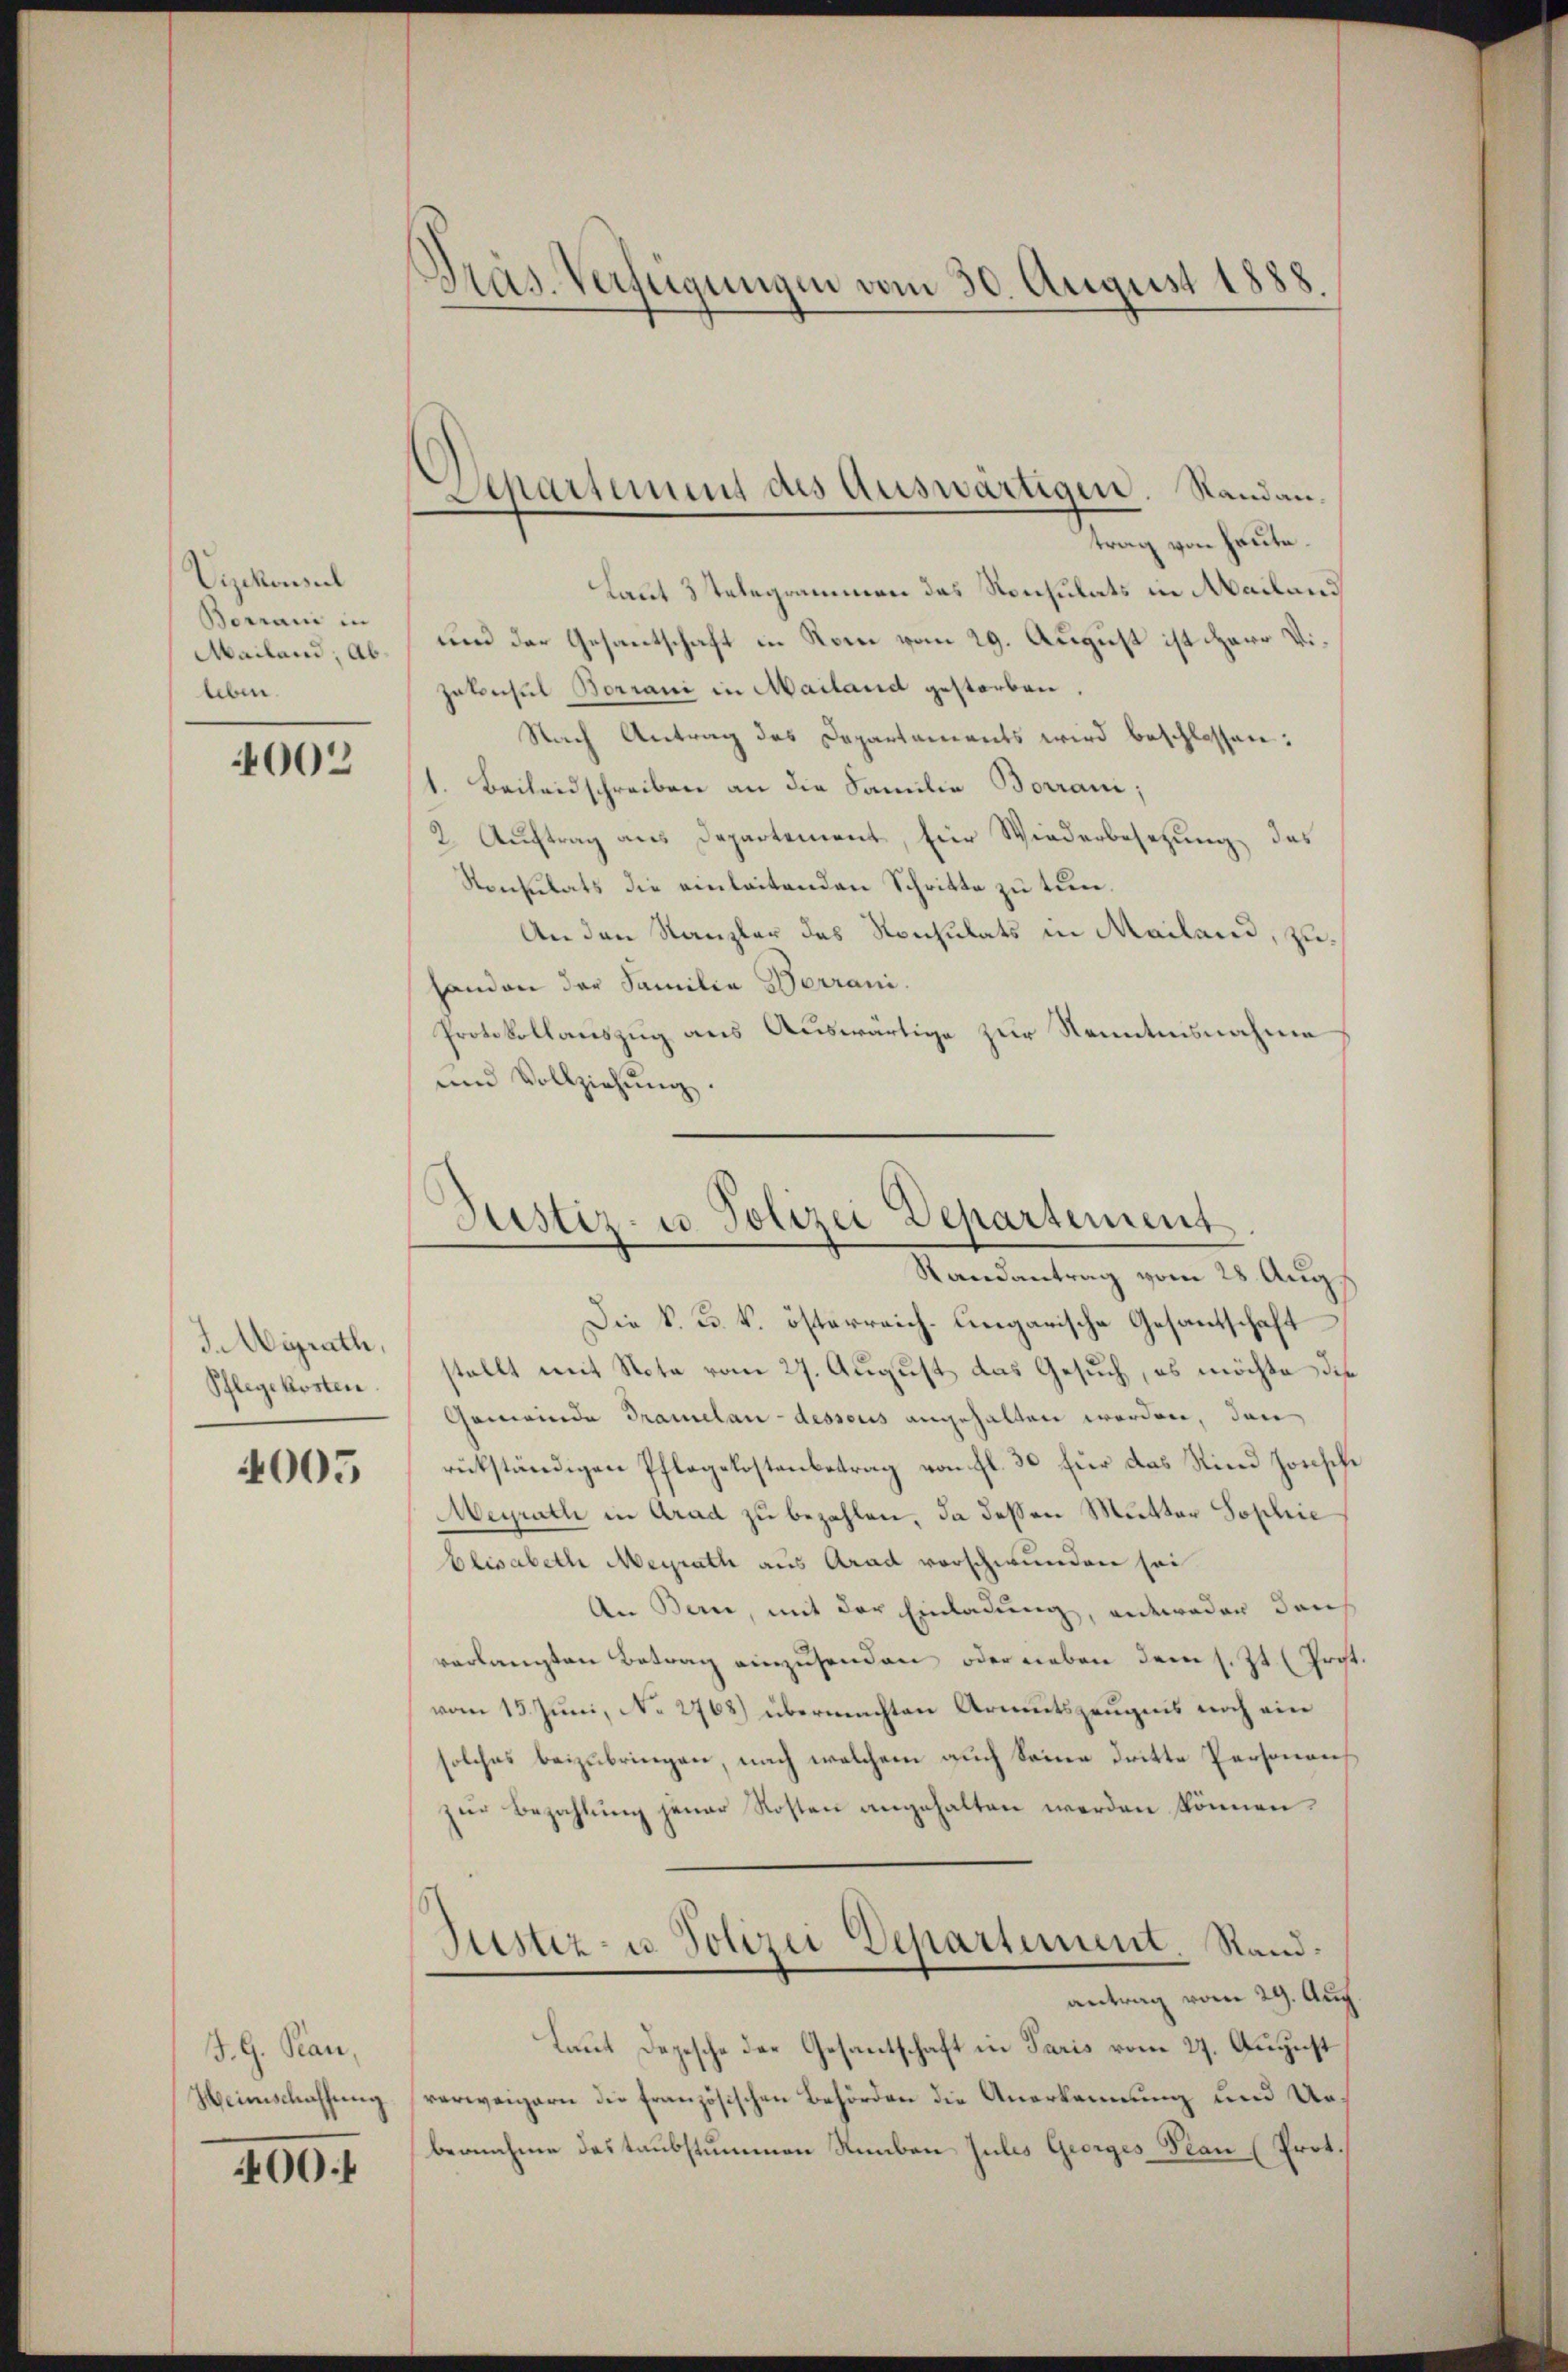
Vizekonsul
Borrani in
leben.

4002

J.Migrath,

4005

J. G. Rau,
400.

Präs. Verfügungen vom 30. August 1888.

Laut 3 Telegrammen das Konsulats in Mailand
Mailand, ab und der Gesantschaft in Rom vom 29. August ist Herr Vi¬
Jabechel Borrani in Mailand gestorben.
Nach Antrag des Departaments wird beschlossen:
1. Beileidschreiben an die Familie Borrani;
2. Auftrag aus Departement, für Wiederbesetzung das
Rontilats die einleitenden Schritte zu tun.
An den Kanzler des Konsulats in Mailand, zuhanden der Familia Derrani.
Protokollauszug aus Auswärtige zur Kenntnisnahme
und Vollziehŭng.
Die k. k. k. österreich-Ungarische Gesantschaft
Pflegekosten. stellt mit Nota vom 27. August das Gesuch, es möchte die
Gemeinde Tramelan-dessous angehalten werden, dan
rükständigen Pflegelostenbetrag von fl. 30 für das Kind zonische
Meyrath in Arad zu bezahlen, da dessen Mutter Sophie
Elisabeth Meyrath aus Arad vorschwunden sei
An Bern, mit der Einladung, entweder durch
verlangten Betrag einzusenden oder neben dem s. Zt. (Prost.
vom 15. Juni, No 2768) übermachten Armutszeugnis noch ein
solches beizubringen, nach welchem auch Seine dritte Personen
zur Bezahlung jener Kosten angehalten werden können.
Justiz- u. Polizei Departement. Sandantrag vom 29. Aug.
Laut Depesche der Gesantschaft in Paris vom 27. August
Heimschaffung verweigern die französischen Behörden die Anerkennung und Urbernahme das taubstummen Numben Jules Georges Frau (Prot.

Departement des Auswärtigen. Standantrag von heute.

Justiz- u Polizei Departement.
Randantrag vom 28. Aug.